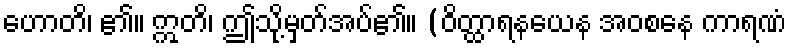
ဟောတိ၊ ၏။ ဣတိ၊ ဤသို့မှတ်အပ်၏။ (ဝိတ္ထာရနယေန အဝစနေ ကာရဏံ